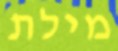
מילת